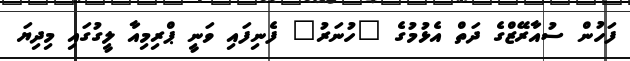
ފަހުން ސުއާރޭޒްގެ ދަތް އެޅުމުގެ "ހުނަރު" ފެނިފައި ވަނީ ޕްރިމިއާ ލީގުގައި މިދިޔަ